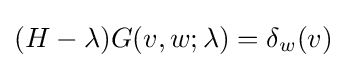
(H-\lambda )G(v,w;\lambda )=\delta _{w}(v)